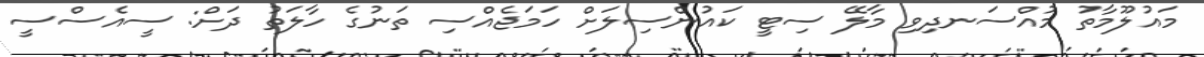
މައުލޫމާތު މުއްސަނދިވި މާލޭ ސިޓީ ކައުންސިލަށް ހަމަޖެއްސި ތަނުގެ ހާލަތު ދަށް: ސީއެސްސީ